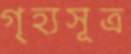
গৃহ্যসূত্র